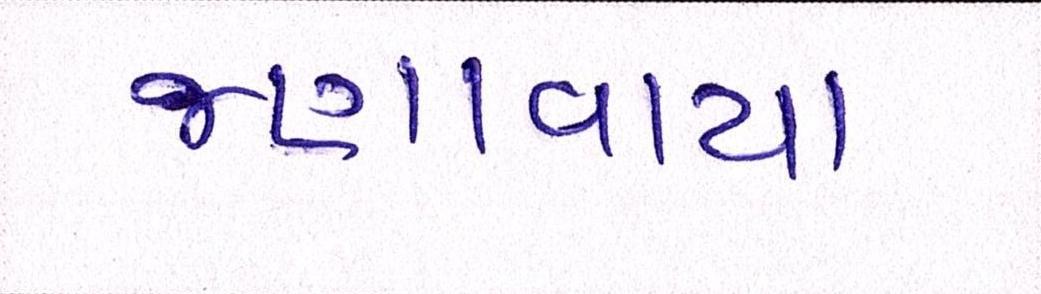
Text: જણાવાયા